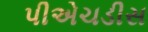
પીએચડીસ